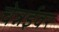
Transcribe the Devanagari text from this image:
चेन्नईवर